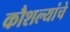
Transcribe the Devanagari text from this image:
कौशल्यांचे